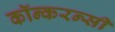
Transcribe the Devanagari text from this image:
कॉन्करन्सी